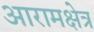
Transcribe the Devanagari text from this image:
आरामक्षेत्र